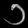
Digit: ၁